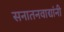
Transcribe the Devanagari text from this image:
सनातनवाद्यांनी